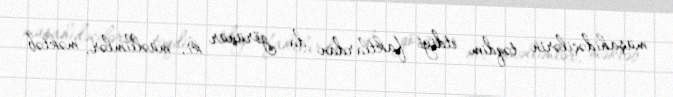
müşahidəçilərin təqdim etdiyi faktlardan da görünür ki, müəllimlər, məktəb